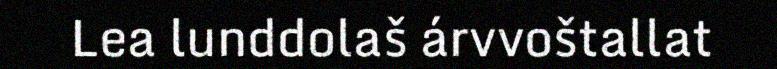
Lea lunddolaš árvvoštallat